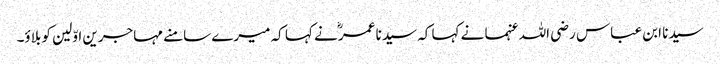
سیدنا ابن عباس رضی اللہ عنہما نے کہا کہ سیدنا عمرؓ نے کہا کہ میرے سامنے مہاجرین اوّلین کو بلاؤ۔